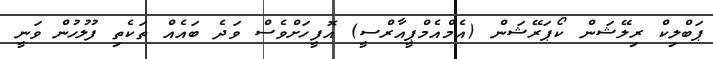
ޕަބްލިކް ރިލޭޝަން ކޯޕަރޭޝަން (އެމްއެމްޕީއާރްސީ) އޮފީހަށްވެސް ވަދެ ބައެއް ތަކެތި ފުލުހުން ވަނީ